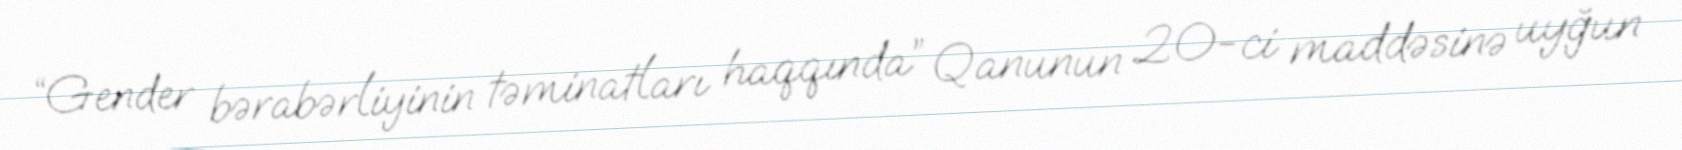
“Gender bərabərliyinin təminatları haqqında” Qanunun 20-ci maddəsinə uyğun